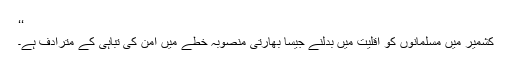
‘‘
کشمیر میں مسلمانوں کو اقلیت میں بدلنے جیسا بھارتی منصوبہ خطے میں امن کی تباہی کے مترادف ہے۔